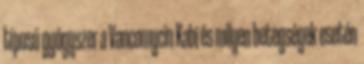
típusú gyógyszer a Vancomycin Kabi és milyen betegségek esetén